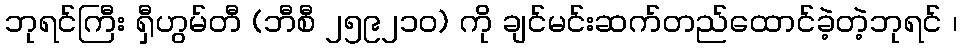
ဘုရင်ကြီး ရှီဟွမ်တီ (ဘီစီ ၂၅၉၂၁၀) ကို ချင်မင်းဆက်တည်ထောင်ခဲ့တဲ့ဘုရင် ၊